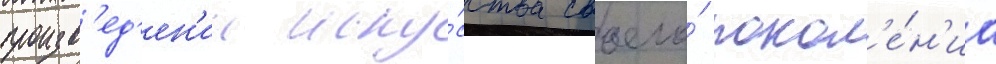
произв'ед'ен'ии иску́сства своего́ покол'е́н'иа